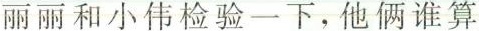
丽丽和小伟检验一下，他俩谁算